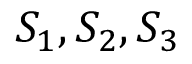
S _ { 1 } , S _ { 2 } , S _ { 3 }